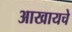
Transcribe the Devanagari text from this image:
आखायचे